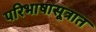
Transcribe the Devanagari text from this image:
परिभाषासूत्रात